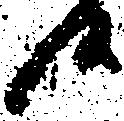
候